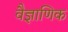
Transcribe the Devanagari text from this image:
वैज्ञाणिक